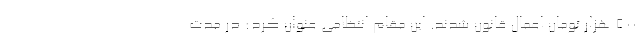
500 هزار تومان اعمال قانون شدند. این مقام انتظامی عنوان کرد: در مدت